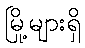
မြို့များရှိ